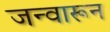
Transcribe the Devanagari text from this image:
जन्वारून